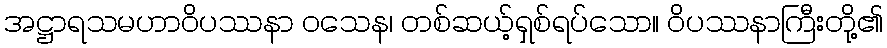
အဋ္ဌာရသမဟာဝိပဿနာ ဝသေန၊ တစ်ဆယ့်ရှစ်ရပ်သော။ ဝိပဿနာကြီးတို့၏